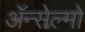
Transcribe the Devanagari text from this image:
ॲन्सेल्मो